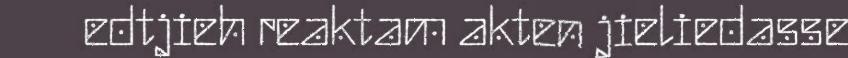
edtjieh reaktam akten jieliedasse